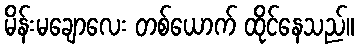
မိန်းမချောလေး တစ်ယောက် ထိုင်နေသည်။